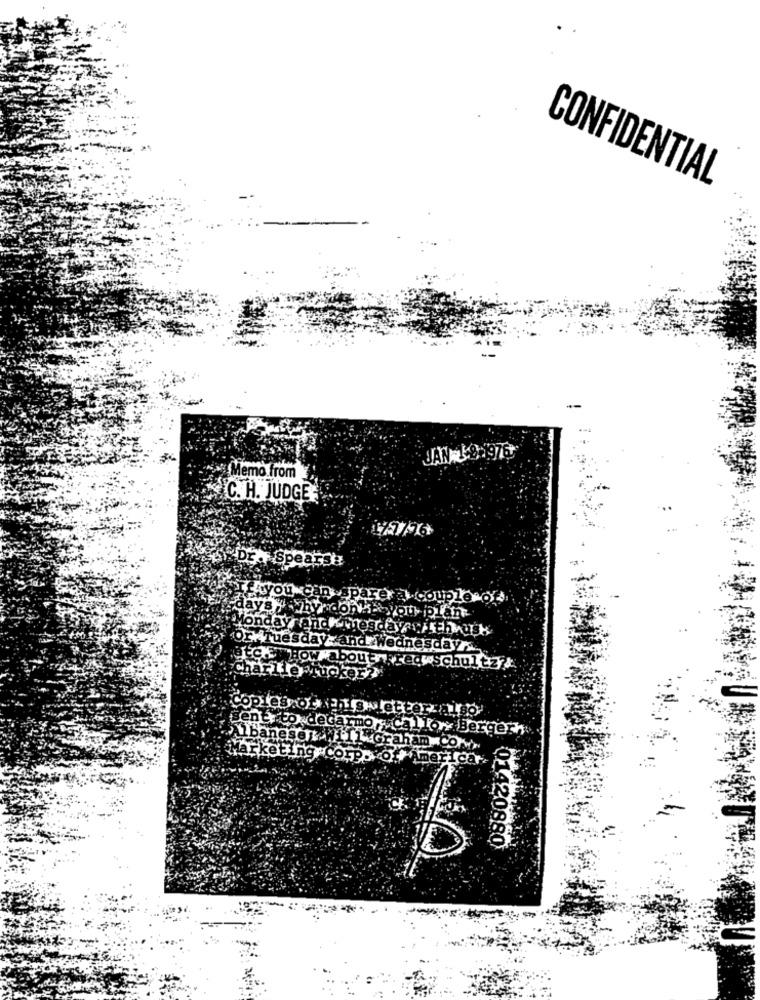
CONFIDENTIAL
JAN J.9.1976
Memo from
C. H. JUDGE
DE . Spears:
you can spare a couple of
day's y why don - you plan:
Monday andkinesda a with uss
Or Tuesday- and Wednesday ...
atok wHow about Freq schultz !
charlie
Copies of this letter.also
sent: to decarmo Callo Bergern
Albanese: Will Graham COM.
Marketing Corpo Of America
CE
01420880